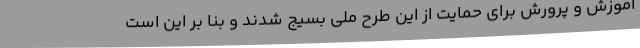
آموزش و پرورش برای حمایت از این طرح ملی بسیج شدند و بنا بر این است